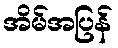
အိမ်အပြန်